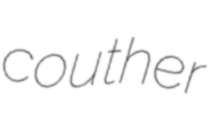
couther